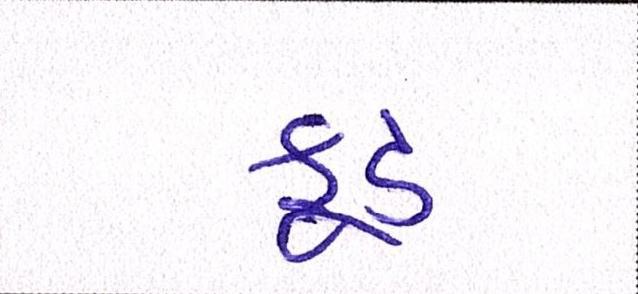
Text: ફૂડ